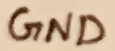
Text: GND